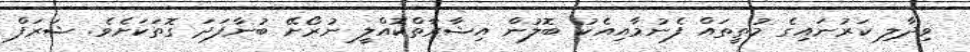
ވިދާލި ކަރުނައިގެ މުތީތައް ފެނުމާއިއެކު ބޮލުން އިޝާރާތްކޮއްލީ ނުރޯށޭ ބުނާފަދަ ގޮތަކަށެވެ. ޝަރަފް